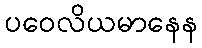
ပဝေလိယမာနေန